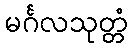
မင်္ဂလသုတ္တံ